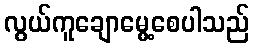
လွယ်ကူချောမွေ့စေပါသည်